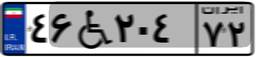
۴۶W۲۰۴۷۲